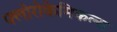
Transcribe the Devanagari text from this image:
फ्लोरोकेमिकल्स